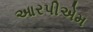
આરપીએમ